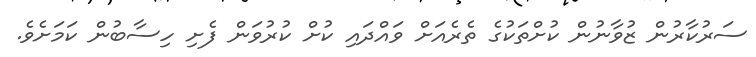
ސަރުކާރުން ޒުވާނުން ކުށްތަކުގެ ތެރެއަށް ވައްދައި ކުށް ކުރުވަން ފެށި ހިސާބުން ކަމަށެވެ.